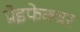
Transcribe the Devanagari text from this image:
प्रेइफेक्चर